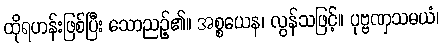
ထိုရဟန်းဖြစ်ပြီး သောညဉ့်၏။ အစ္စယေန၊ လွန်သဖြင့်။ ပုဗ္ဗဏှသမယံ၊